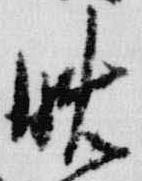
晩